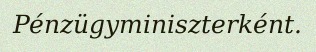
Pénzügyminiszterként.